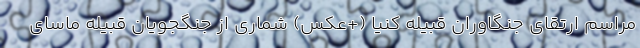
مراسم ارتقای جنگاوران قبیله کنیا (+عکس) شماری از جنگجویان قبیله ماسای